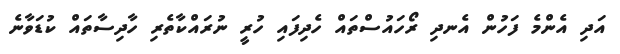
އަދި އެންމެ ފަހުން އެނދި ރޯހައުސްތައް ހެދިފައި ހުރީ ނުރައްކާތެރި ހާދިސާތައް ކުޑަވާނެ